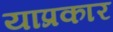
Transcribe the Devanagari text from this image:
याप्रकार